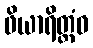
ဖိယာရိတ္တံဝ